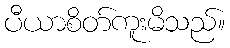
ပီယာစိတ်ကူးမိသည်။